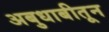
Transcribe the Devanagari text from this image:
अबुधाबीतून